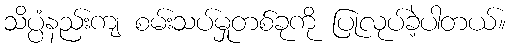
သိပ္ပံနည်းကျ စမ်းသပ်မှုတစ်ခုကို ပြုလုပ်ခဲ့ပါတယ်။